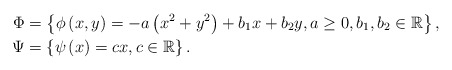
\begin{align*}\Phi & =\left\{ \phi\left(x,y\right)=-a\left(x^{2}+y^{2}\right)+b_{1}x+b_{2}y,a\geq0,b_{1},b_{2}\in\mathbb{R}\right\} ,\\\Psi & =\left\{ \psi\left(x\right)=cx,c\in\mathbb{R}\right\} .\end{align*}